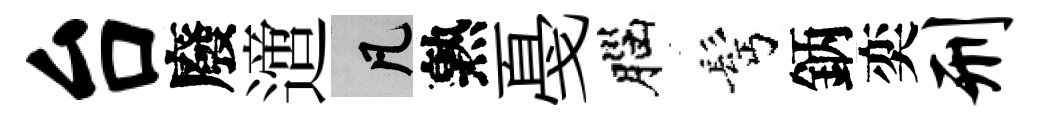
台廢𨗁凡熟戞腦髩鈵奕刑